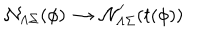
{ \cal N } _ { \Lambda \Sigma } ( \phi ) \, \rightarrow \, { \cal N } _ { \Lambda \Sigma } ^ { \prime } ( t ( \phi ) )